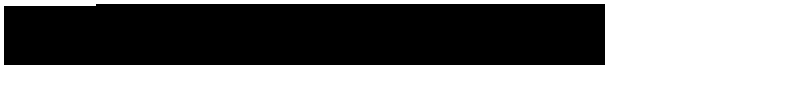
\hspace { 5 e m }